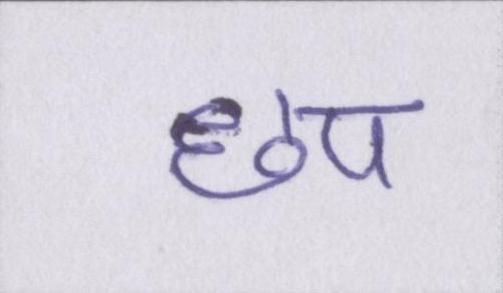
छप